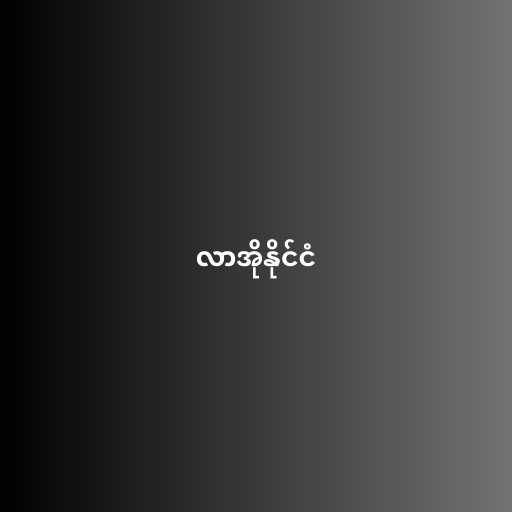
လာအိုနိုင်ငံ